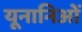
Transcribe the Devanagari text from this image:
यूनानिओं